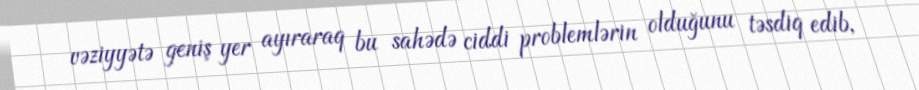
vəziyyətə geniş yer ayıraraq bu sahədə ciddi problemlərin olduğunu təsdiq edib,